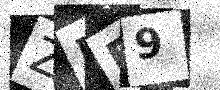
Text: ZMP9